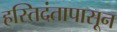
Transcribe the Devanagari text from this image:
हस्तिदंतापासून